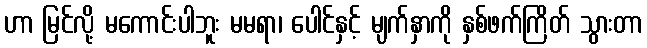
ဟာ မြင်လို့ မကောင်းပါဘူး မမရာ၊ ပေါင်နှင့် မျက်နှာကို နှစ်ဖက်ကြိတ် သွားတာ